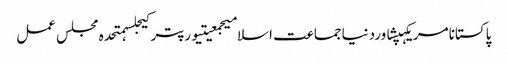
پاکستانامریکہپشاوردنیاجماعت اسلامیجمعیتیورپترکیجلسہمتحدہ مجلس عمل